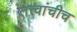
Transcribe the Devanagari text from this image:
तत्त्वांचीच